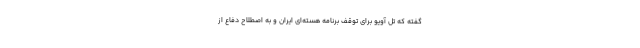
گفته که تل آویو برای توقف برنامه هسته‌ای ایران و به اصطلاح دفاع از